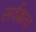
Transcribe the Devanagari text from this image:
सर्वज्ञत्वं